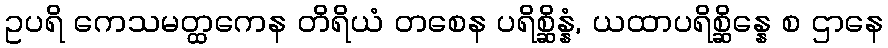
ဥပရိ ကေသမတ္ထကေန တိရိယံ တစေန ပရိစ္ဆိန္နံ, ယထာပရိစ္ဆိန္နေ စ ဌာနေ